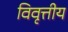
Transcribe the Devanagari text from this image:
विवृत्तीय